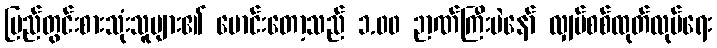
ပြည်တွင်းစားသုံးသူများ၏ မောင်းတော့သည် ၁.၀၀ ဉာဏ်ကြီးပဲနော် လျှပ်စစ်ထုတ်လုပ်ရေး